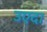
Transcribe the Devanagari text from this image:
उएदा